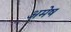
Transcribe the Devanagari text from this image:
अमेष